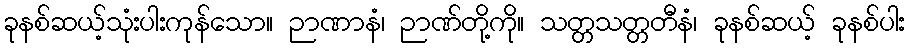
ခုနစ်ဆယ့်သုံးပါးကုန်သော။ ဉာဏာနံ၊ ဉာဏ်တို့ကို။ သတ္တသတ္တတီနံ၊ ခုနစ်ဆယ့် ခုနစ်ပါး